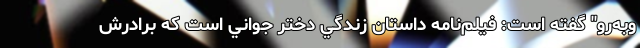
وبه‌رو" گفته است: فيلم‌نامه داستان زندگي دختر جواني است كه برادرش